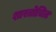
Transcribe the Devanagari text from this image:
शास्त्रोचित